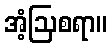
အံ့ဩစရာ။